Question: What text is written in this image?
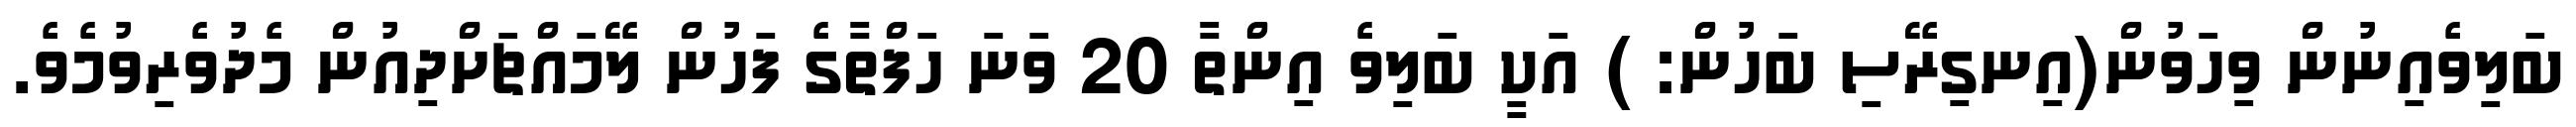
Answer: ބަލިވެއިނުން ވިހަވުން(އިނގިރޭސި ބަހުން: ) އަކީ ބަލިވެ އިންތާ 20 ވަނަ ހަފްތާގެ ފަހުން ލޭމައްޗަށްދިއުން މެދުވެރިވުމެވެ.